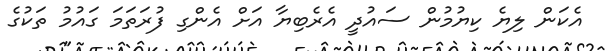
އެކަން ލިޔެ ކިޔުމުން ސައުދީ އެރެބިޔާ އަށް އެންގި ފުރަތަމަ ގައުމު ތަކުގެ